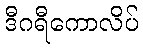
ဒီဂရီကောလိပ်